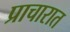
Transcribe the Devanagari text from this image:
प्राचारात